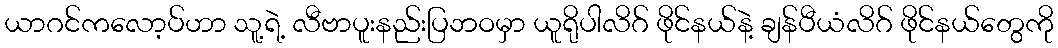
ယာဂင်ကလော့ပ်ဟာ သူ့ရဲ့ လီဗာပူးနည်းပြဘဝမှာ ယူရိုပါလိဂ် ဖိုင်နယ်နဲ့ ချန်ပီယံလိဂ် ဖိုင်နယ်တွေကို